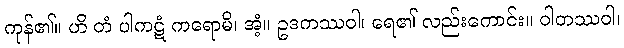
ကုန်၏။ ဟိ တံ ပါကဋံ ကရောမိ၊ အံ့။ ဥဒကဿဝါ၊ ရေ၏ လည်းကောင်း။ ဝါတဿဝါ၊